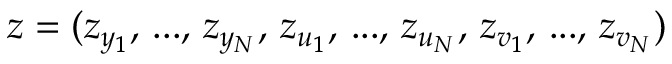
\boldsymbol { z } = ( z _ { y _ { 1 } } , \, . . . , \, z _ { y _ { N } } , \, z _ { u _ { 1 } } , \, . . . , \, z _ { u _ { N } } , \, z _ { v _ { 1 } } , \, . . . , \, z _ { v _ { N } } )